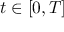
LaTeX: t \in [ 0 , T ]